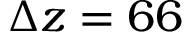
\Delta z = 6 6